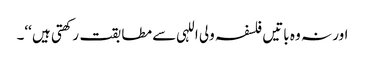
اور نہ وہ باتیں فلسفہ ولی اللہی سے مطابقت رکھتی ہیں ‘‘۔